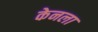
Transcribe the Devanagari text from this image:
केनला